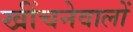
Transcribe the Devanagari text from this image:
खींचनेवालों